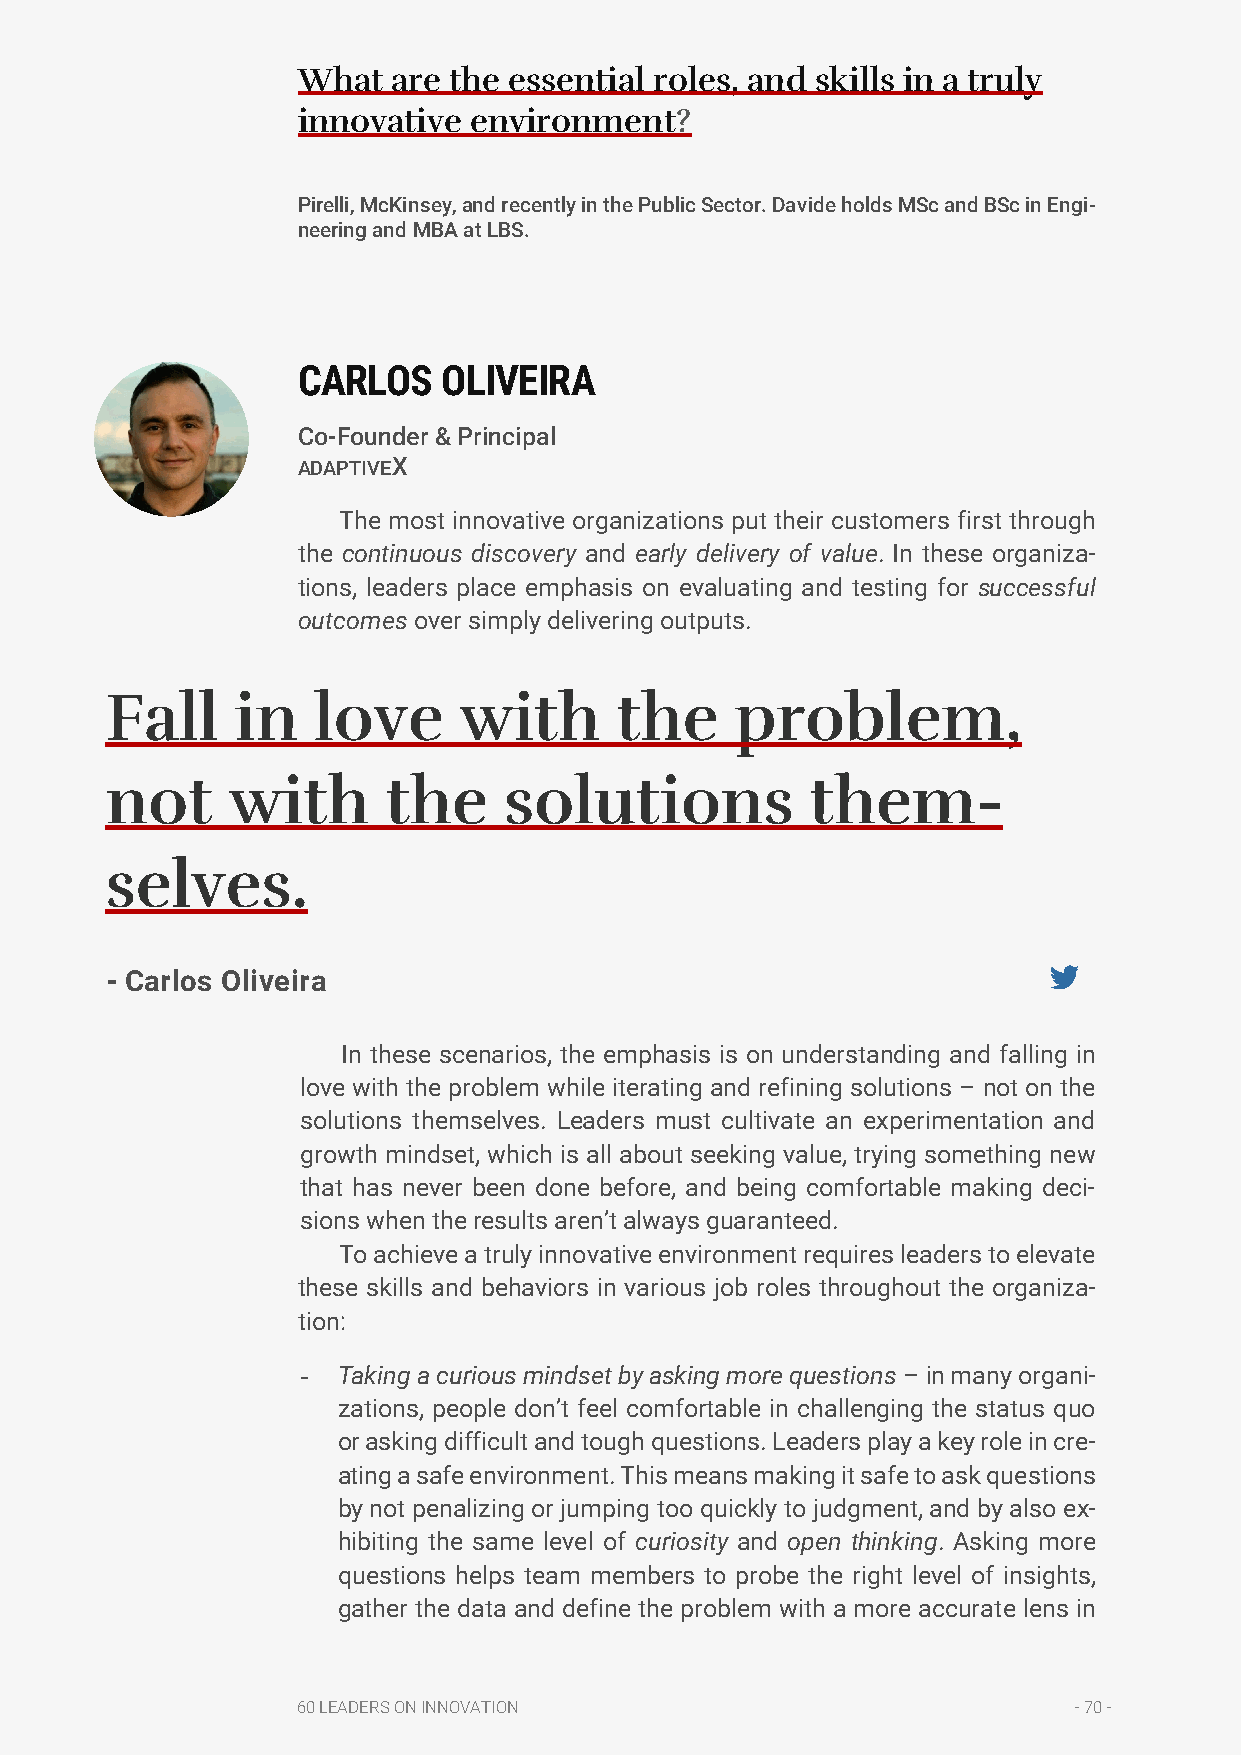
What  are the essential roles, and skills in a truly
 innovative environment?
 Pirelli, McKinsey, and recently in the Public Sector. Davide holds MSc and BSc in Engi-
 neering and MBA at LBS.
 CARLOS   OLIVEIRA
 Co-Founder & Principal
 ADAPTIVEX
 The most innovative organizations put their customers first through
 the continuous discovery and early delivery of value. In these organiza-
 tions, leaders place emphasis on evaluating and testing for successful
 outcomes over simply delivering outputs.
 Fall     in   love     with       the     problem,
 not     with       the    solutions            them-
 selves.
 - Carlos Oliveira
 In these scenarios, the emphasis is on understanding and falling in
 love with the problem while iterating and refining solutions – not on the
 solutions themselves. Leaders must cultivate an experimentation and
 growth mindset, which is all about seeking value, trying something new
 that has never been done before, and being comfortable making deci-
 sions when the results aren’t always guaranteed.
 To achieve a truly innovative environment requires leaders to elevate
 these skills and behaviors in various job roles throughout the organiza-
 tion:
 - Taking a curious mindset by asking more questions – in many organi-
 zations, people don’t feel comfortable in challenging the status quo
 or asking difficult and tough questions. Leaders play a key role in cre-
 ating a safe environment. This means making it safe to ask questions
 by not penalizing or jumping too quickly to judgment, and by also ex-
 hibiting the same level of curiosity and open thinking. Asking more
 questions helps team members to probe the right level of insights,
 gather the data and define the problem with a more accurate lens in
 60 LEADERS ON INNOVATION                           - 70 -